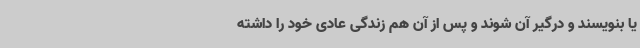
یا بنویسند و درگیر آن شوند و پس از آن هم زندگی عادی خود را داشته